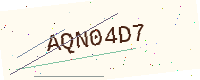
Text: AQN04D7